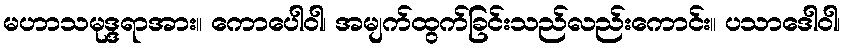
မဟာသမုဒ္ဒရာအား။ ကောပေါဝါ၊ အမျက်ထွက်ခြင်းသည်လည်းကောင်း။ ပသာဒေါဝါ၊